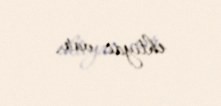
ehtiyac var.